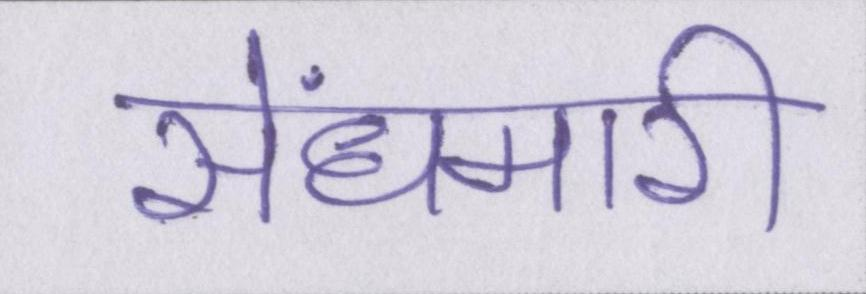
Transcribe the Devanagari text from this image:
सेंधमारी